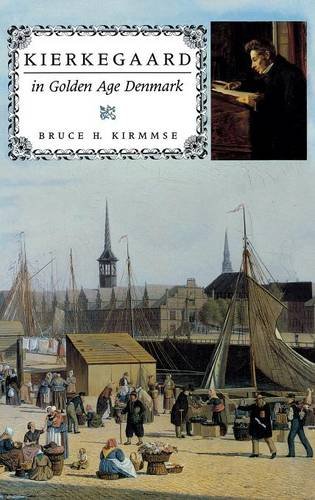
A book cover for Kierkegaard in Golden Age Denmark (Indiana Series in the Philosophy of Religion); Bruce H. Kirmmse; Biographies & Memoirs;